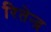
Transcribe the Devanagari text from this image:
रितेन्द्र